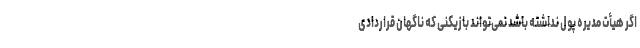
اگر هیأت مدیره پول نداشته باشد نمی‌تواند بازیکنی که ناگهان قراردادی